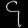
Digit: ၄